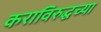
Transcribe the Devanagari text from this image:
कराविरुद्धच्या